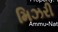
મિઝરી